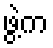
ဖွဲ့က